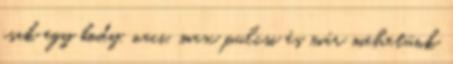
csak egy body, naci, max pulcsi és már mehetünk